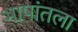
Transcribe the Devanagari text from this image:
भाषांतला